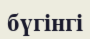
бүгінгі